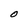
Character: O